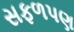
સફળપણ